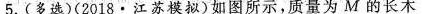
5.(多选)(2018\cdot 江苏模拟)如图所示，质量为M的长木